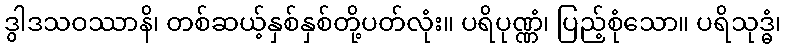
ဒွါဒသဝဿာနိ၊ တစ်ဆယ့်နှစ်နှစ်တို့ပတ်လုံး။ ပရိပုဏ္ဏံ၊ ပြည့်စုံသော။ ပရိသုဒ္ဓံ၊